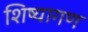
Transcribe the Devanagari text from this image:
शिष्यागण